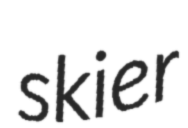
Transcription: skier